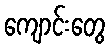
ကျောင်းတွေ